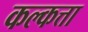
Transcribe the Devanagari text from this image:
कल्कत्ता